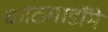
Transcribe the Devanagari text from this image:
काठमाडौँमे